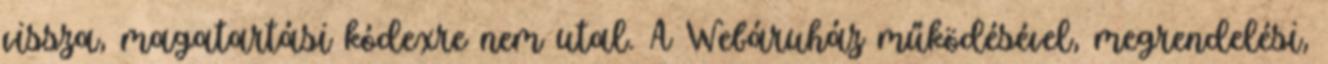
vissza, magatartási kódexre nem utal. A Webáruház működésével, megrendelési,